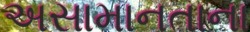
અસામાનતાના